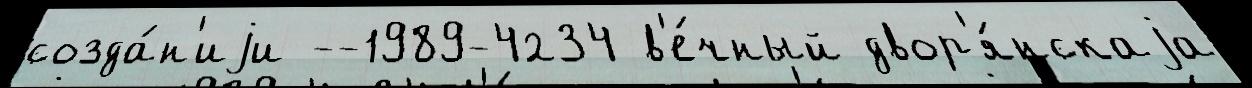
созда́н'иjи --1989-4234 в'е́чный двор'я́нскаjа